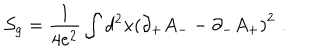
{ \cal S } _ { g } = { \frac { 1 } { 4 e ^ { 2 } } } \int d ^ { 2 } x \left( \partial _ { + } A _ { - } - \partial _ { - } A _ { + } \right) ^ { 2 } \, \, .